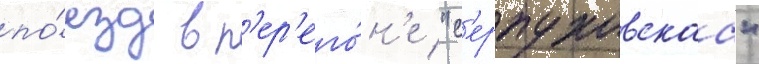
по́езд в п'ер'его́н'е "с'ерпуховскаа"